Civil Veterinary Department Bihar & Orissa reports 1922-29 - 1922-1929
Year: 1922
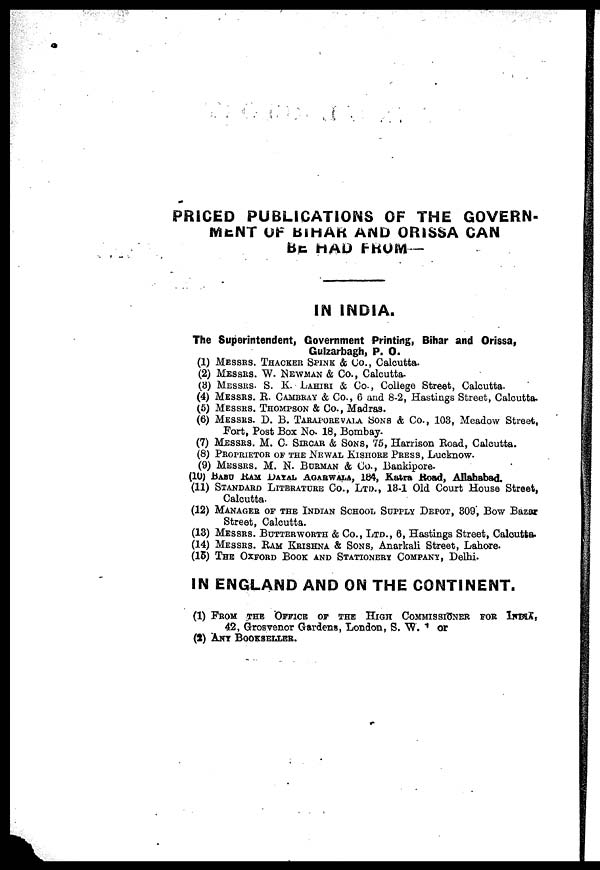
PRICED PUBLICATIONS OF THE GOVERN-
MENT OF BIHAR AND ORISSA CAN
BE HAD FROM—
IN INDIA.
The Superintendent, Government Printing, Bihar and Orissa,
Gulzarbagh, P. 0.
(1) MESSRS. THACKER SPINK & Co., Calcutta.
(2) MESSRS. W. NEWMAN & Co., Calcutta.
(3) MESSRS. S. K- LAHIRI & Co., College Street, Calcutta.
(4) MESSRS. R. CAMBRAY & Co., 6 and 8-2, Hastings Street, Calcutta.
(5) MESSRS. THOMPSON & Co., Madras.
(6) MESSRS. D. B. TARAPOREVAIA SONS & Co., 103, Meadow Street,
Fort, Post Box No. 18, Bombay.
(7) MESSRS. M. C SIRCAR & SONS, 75, Harrison Road, Calcutta.
(8) PROPRIETOR OF THE NEWAL KISHORE PRESS, Lucknow.
(9) MESSRS. M. N. BORMAN & Co., Bankipore.
(10) BABU RAM DAYAL AGARWALA, 164, Katra Road, Allahabad.
(11) STANDARD LITERATURE Co., Ltd., 13-1 Old Court House Street,
Calcutta.
(12) MANAGER OF THE INDIAN SCHOOL SUPPLY DEPOT, 309, Bow Bazar
Street, Calcutta.
(13) MESSRS. BUTTERWORTH & Co., Ltd., 6, Hastings Street, Calcutta.
(14) MESSRS. BAM KRISHNA & SONS, Anarkali Street, Lahore.
(15) THE OXFORD BOOK AND STATIONERY COMPANY, Delhi.
IN ENGLAND AND ON THE CONTINENT.
(1) FROM THE OFFICE OF THE HIGH COMMISSIONER FOR INDIA,
42, Grosvenor Gardens, London, S. W. or
(2) ANY BOOKSELLER.